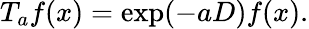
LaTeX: T_{a}f(x)=\exp(-aD)f(x).